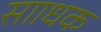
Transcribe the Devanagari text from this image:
सााधक